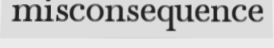
misconsequence